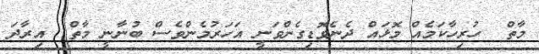
މާތް  ހުރިހާކަމެއް މޮޅައް ދެނެވޮޑިގެންވަނީ އަހަރުމެންވެސް ބުނާނީ މާތް  އިރާދަ